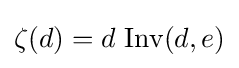
\zeta (d)=d\ {\text{Inv}}(d,e)